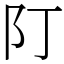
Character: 䦺